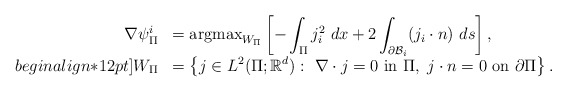
\begin{align*}\begin{array}{r l l }\nabla \psi^i_{\Pi}& \displaystyle =\mbox{argmax}_{W_\Pi}\left[- \int_{\Pi}j_i^2~dx+2\int_{\partial \mathcal{B}_i}(j_i\cdot n)~ds\right],\\begin{align*}12pt]W_{\Pi}& \displaystyle= \left\{j\in L^2(\Pi;\mathbb{R}^d):~\nabla\cdot j=0~\mbox{in }\Pi,~j\cdot n=0~\mbox{on } \partial\Pi\right\}.\end{array}\end{align*}